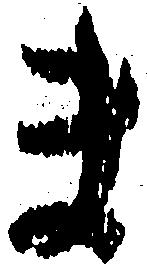
ま